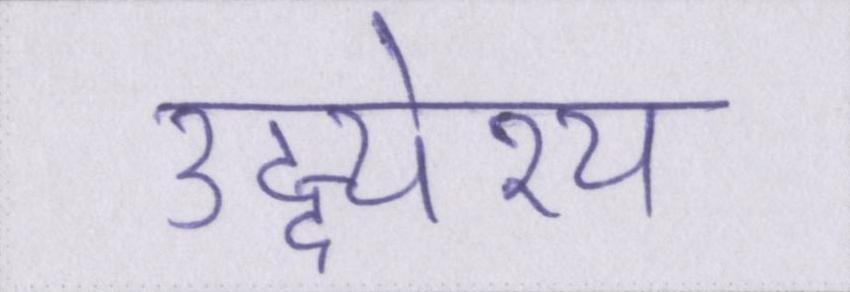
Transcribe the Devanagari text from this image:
उद्द्येश्य